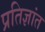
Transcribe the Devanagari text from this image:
प्रतिज्ञांत